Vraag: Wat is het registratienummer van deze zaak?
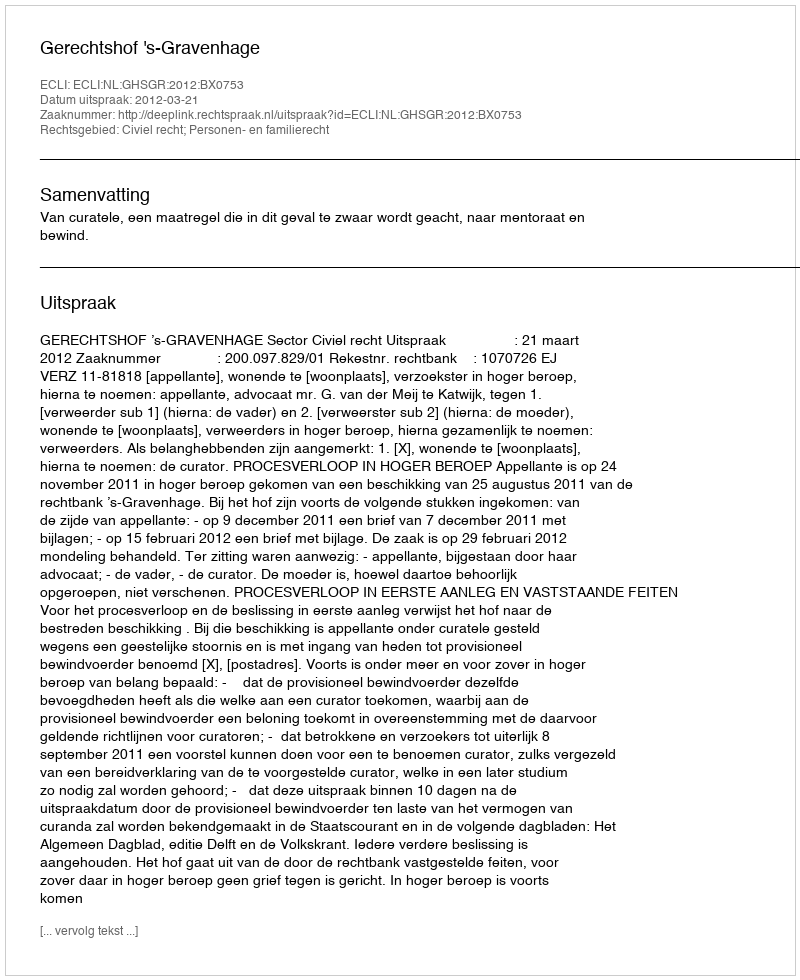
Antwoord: http://deeplink.rechtspraak.nl/uitspraak?id=ECLI:NL:GHSGR:2012:BX0753